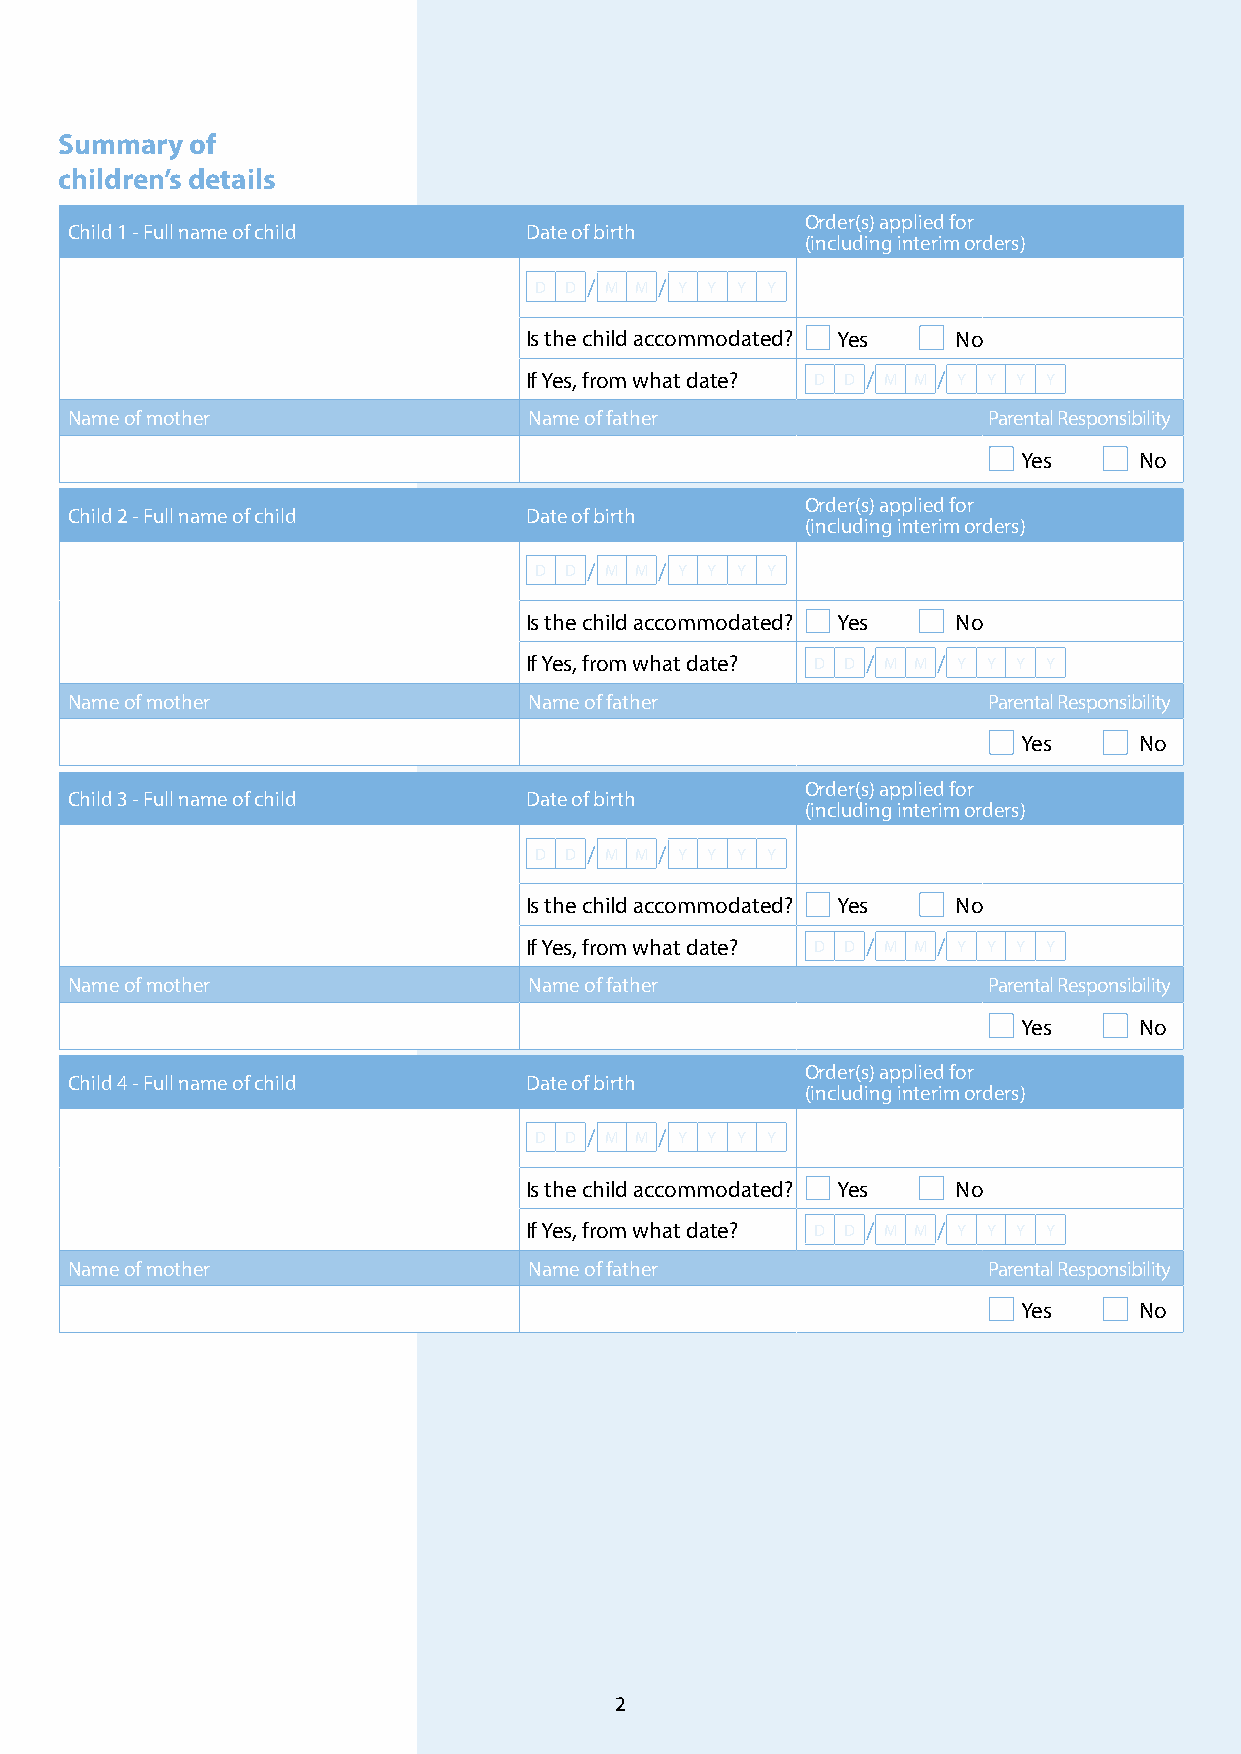
Summary  of
 children’s details
 Order(s) applied for
 Child 1 - Full name of child   Date of birth
 (including interim orders)
 D D / M M / Y Y Y Y
 Is the child accommodated? Yes No
 If Yes, from what date? D D / M M / Y Y Y Y
 Name of mother                 Name of father                Parental Responsibility
 Yes    No
 Order(s) applied for
 Child 2 - Full name of child   Date of birth
 (including interim orders)
 D D / M M / Y Y Y Y
 Is the child accommodated? Yes No
 If Yes, from what date? D D / M M / Y Y Y Y
 Name of mother                 Name of father                Parental Responsibility
 Yes    No
 Order(s) applied for
 Child 3 - Full name of child   Date of birth
 (including interim orders)
 D D / M M / Y Y Y Y
 Is the child accommodated? Yes No
 If Yes, from what date? D D / M M / Y Y Y Y
 Name of mother                 Name of father                Parental Responsibility
 Yes    No
 Order(s) applied for
 Child 4 - Full name of child   Date of birth
 (including interim orders)
 D D / M M / Y Y Y Y
 Is the child accommodated? Yes No
 If Yes, from what date? D D / M M / Y Y Y Y
 Name of mother                 Name of father                Parental Responsibility
 Yes    No
 2